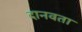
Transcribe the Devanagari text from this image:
दानवता